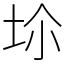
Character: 𡊒